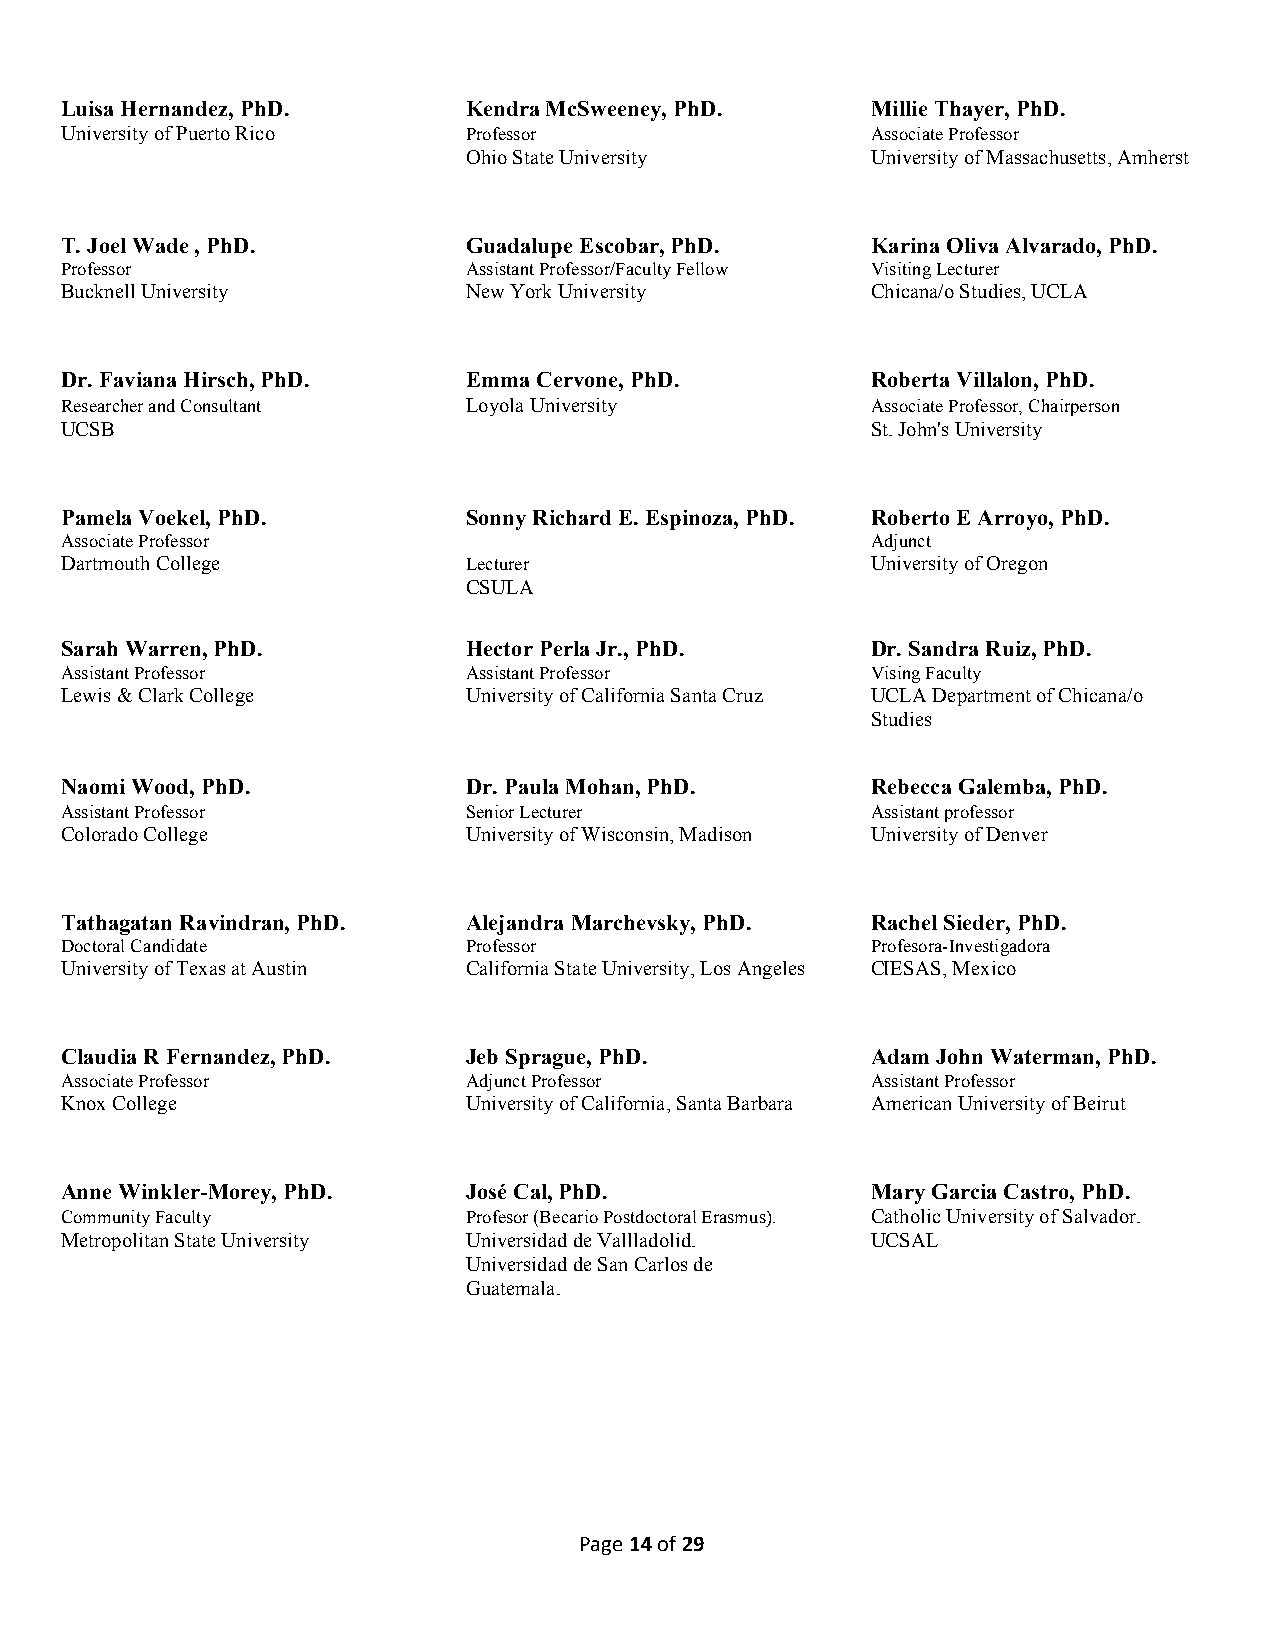
Luisa Hernandez, PhD.      Kendra McSweeney, PhD.     Millie Thayer, PhD.
 University of Puerto Rico  Professor                  Associate Professor
 Ohio State University      University of Massachusetts, Amherst
 T. Joel Wade , PhD.        Guadalupe Escobar, PhD.    Karina Oliva Alvarado, PhD.
 Professor                  Assistant Professor/Faculty Fellow Visiting Lecturer
 Bucknell University        New York University        Chicana/o Studies, UCLA
 Dr. Faviana Hirsch, PhD.   Emma Cervone, PhD.         Roberta Villalon, PhD.
 Researcher and Consultant  Loyola University          Associate Professor, Chairperson
 UCSB                                                  St. John's University
 Pamela Voekel, PhD.        Sonny Richard E. Espinoza, PhD. Roberto E Arroyo, PhD.
 Associate Professor                                   Adjunct
 Dartmouth College          Lecturer                   University of Oregon
 CSULA
 Sarah Warren, PhD.         Hector Perla Jr., PhD.     Dr. Sandra Ruiz, PhD.
 Assistant Professor        Assistant Professor        Vising Faculty
 Lewis & Clark College      University of California Santa Cruz UCLA Department of Chicana/o
 Studies
 Naomi Wood, PhD.           Dr. Paula Mohan, PhD.      Rebecca Galemba, PhD.
 Assistant Professor        Senior Lecturer            Assistant professor
 Colorado College           University of Wisconsin, Madison University of Denver
 Tathagatan Ravindran, PhD. Alejandra Marchevsky, PhD. Rachel Sieder, PhD.
 Doctoral Candidate         Professor                  Profesora-Investigadora
 University of Texas at Austin California State University, Los Angeles CIESAS, Mexico
 Claudia R Fernandez, PhD.  Jeb Sprague, PhD.          Adam John Waterman, PhD.
 Associate Professor        Adjunct Professor          Assistant Professor
 Knox College               University of California, Santa Barbara American University of Beirut
 Anne Winkler-Morey, PhD.   José Cal, PhD.             Mary Garcia Castro, PhD.
 Community Faculty          Profesor (Becario Postdoctoral Erasmus). Catholic University of Salvador.
 Metropolitan State University Universidad de Vallladolid. UCSAL
 Universidad de San Carlos de
 Guatemala.
 Page 14 of 29